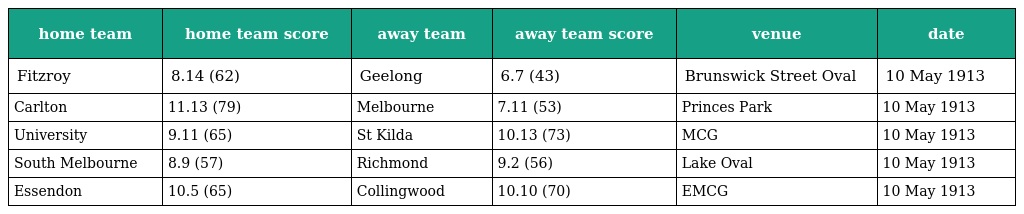
| home team | home team score | away team | away team score | venue | date |
 | --- | --- | --- | --- | --- | --- |
 | Fitzroy | 8.14 (62) | Geelong | 6.7 (43) | Brunswick Street Oval | 10 May 1913 |
 | Carlton | 11.13 (79) | Melbourne | 7.11 (53) | Princes Park | 10 May 1913 |
 | University | 9.11 (65) | St Kilda | 10.13 (73) | MCG | 10 May 1913 |
 | South Melbourne | 8.9 (57) | Richmond | 9.2 (56) | Lake Oval | 10 May 1913 |
 | Essendon | 10.5 (65) | Collingwood | 10.10 (70) | EMCG | 10 May 1913 |